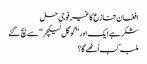
افغان تنازع کا غیر فوجی حل
شکر ہے ایک اور ’’گوگل لیکچر‘‘ سے بچ گئے
ملبہ کب اُٹھے گا؟